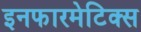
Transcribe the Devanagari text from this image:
इनफारमेटिक्स